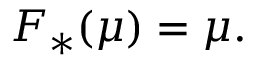
F _ { * } ( \mu ) = \mu .